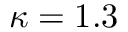
\kappa = 1 . 3